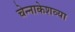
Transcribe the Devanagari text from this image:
चेन्नाकेशव्या